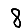
Digit: 8